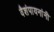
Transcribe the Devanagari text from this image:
वैशंपायनांनी